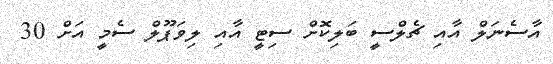
އާސެނަލް އާއި ޗެލްސީ ބަލިކޮށް ސިޓީ އާއި ލިވަޕޫލް ސެމީ އަށް 30